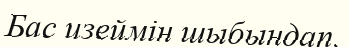
Бас изеймін шыбындап.